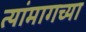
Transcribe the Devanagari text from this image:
त्यांमागच्या